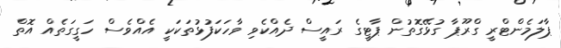
ޕާލަމެންޓްރީ ގްރޫޕާ ގުޅޭގޮތުން ޕާޓީގެ ރައީސް ދެއްކެވި ވާހަކަފުޅުތަކަކީ އެއްވެސް ހަގީގަތެއް އޮތް